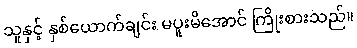
သူနှင့် နှစ်ယောက်ချင်း မပူးမိအောင် ကြိုးစားသည်။